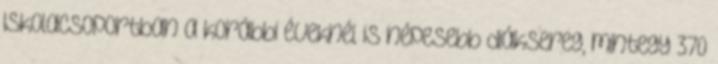
Iskolacsoportban a korábbi éveknél is népesebb diáksereg, mintegy 370